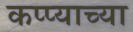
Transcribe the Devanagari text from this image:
कप्प्याच्या